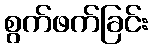
စွက်ဖက်ခြင်း